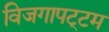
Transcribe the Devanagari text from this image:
विजगापट्‌टम